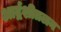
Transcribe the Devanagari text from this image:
आर्द्रशीतलन